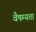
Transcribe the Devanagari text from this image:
वैषम्यता